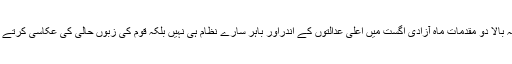
درجہ بالا دو مقدمات ماہ آزادی اگست میں اعلیٰ عدالتوں کے اندراور باہر سارے نظام ہی نہیں بلکہ قوم کی زبوں حالی کی عکاسی کرتے ہیں ۔